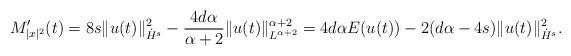
LaTeX: \begin{align*}M'_{|x|^2}(t) = 8s \|u(t)\|^2_{\dot{H}^s} - \frac{4d\alpha}{\alpha+2} \|u(t)\|^{\alpha+2}_{L^{\alpha+2}} = 4d\alpha E(u(t)) - 2(d\alpha-4s) \|u(t)\|^2_{\dot{H}^s}. \end{align*}